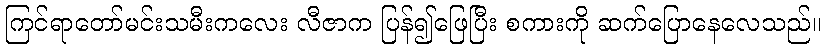
ကြင်ရာတော်မင်းသမီးကလေး လီဇာက ပြန်၍ဖြေပြီး စကားကို ဆက်ပြောနေလေသည်။